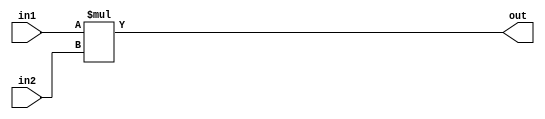
module mult
#(
	parameter WIDTH = 32
)


(
input [WIDTH-1:0] in1,
input [WIDTH-1:0] in2,
output reg [WIDTH-1:0] out
);

always@*
begin
	out = in1 * in2;
end

endmodule